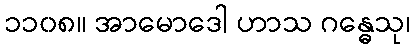
၁၁၀၈။ အာမောဒေါ ဟာသ ဂန္ဓေသု၊